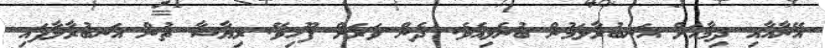
އޭނާއާއި ދިމާއަށް އަނބުރާލަމުން ބުނެލިއެވެ. ދެން ވަރަށް ފޫހިވޭ. ރިޔާޝާ ތުން އަނބުރާލާފައި